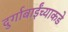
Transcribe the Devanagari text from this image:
दुर्गाबाईंच्याकडे